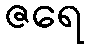
ဇရေ